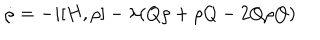
\dot { \rho } = - i [ H , \rho ] - \lambda ( Q \rho + \rho Q - 2 Q \rho Q )